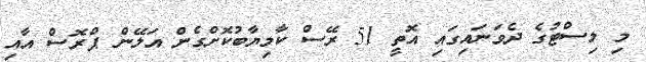
މި ލިސްޓުގެ ދެވަނައިގައި އޮތީ 51 ރޭސް ކާމިޔާބުކޮށްގެން އަލޭން ޕްރޮސް އާއި